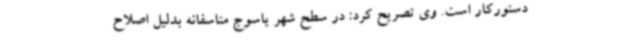
دستورکار است. وی تصریح کرد: در سطح شهر یاسوج متاسفانه بدلیل اصلاح